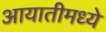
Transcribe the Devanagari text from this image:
आयातीमध्ये